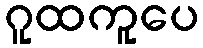
ဂူထကူပေ